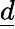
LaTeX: \underline{d}